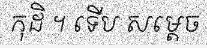
កុដិ ។ ទើប សម្តេច